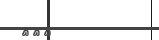
٢١٧